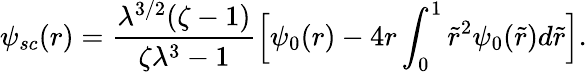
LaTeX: \psi_{sc}(r)=\frac{\lambda^{3/2}(\zeta-1)}{\zeta\lambda^{3}-1}\Big[\psi_{0}(r)-4r\int_{0}^{1}\tilde{r}^{2}\psi_{0}(\tilde{r})d\tilde{r}\Big].